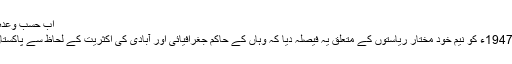
اب حسبِ وعدہ پس منظر اور پيش منظر کا مختصر خاکہ
وائسرائے ہند لارڈ ماؤنٹ بیٹن نے 3 جون 1947ء کو نیم خود مختار ریاستوں کے متعلق یہ فیصلہ دیا کہ وہاں کے حاکم جغرافیائی اور آبادی کی اکثریت کے لحاظ سے پاکستان یا بھارت کے ساتھ الحاق کر سکتے ہیں ۔